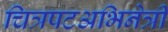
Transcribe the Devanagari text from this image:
चित्रपटअभिनेत्री